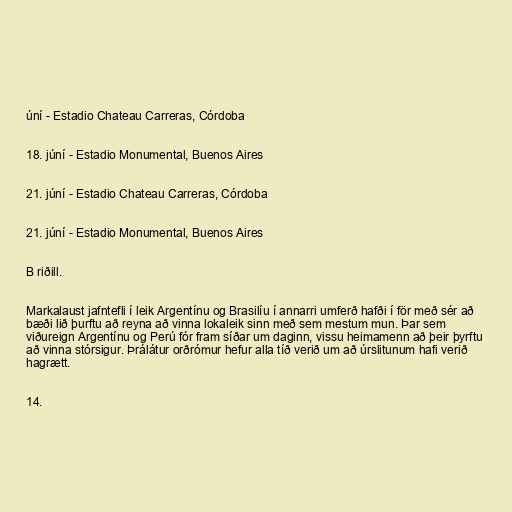
úní - Estadio Chateau Carreras, Córdoba

18. júní - Estadio Monumental, Buenos Aires

21. júní - Estadio Chateau Carreras, Córdoba

21. júní - Estadio Monumental, Buenos Aires

B riðill.

Markalaust jafntefli í leik Argentínu og Brasilíu í annarri umferð hafði í för með sér að
bæði lið þurftu að reyna að vinna lokaleik sinn með sem mestum mun. Þar sem
viðureign Argentínu og Perú fór fram síðar um daginn, vissu heimamenn að þeir þyrftu
að vinna stórsigur. Þrálátur orðrómur hefur alla tíð verið um að úrslitunum hafi verið
hagrætt.

14.